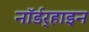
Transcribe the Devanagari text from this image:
नॉर्डर्‍हाइन